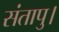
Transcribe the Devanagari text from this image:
संतापु।